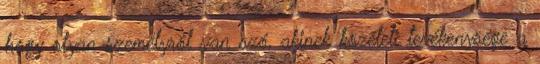
hogy olyan személyről van szó, akinek közéleti tevékenysége a